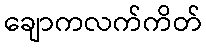
ချောကလက်ကိတ်